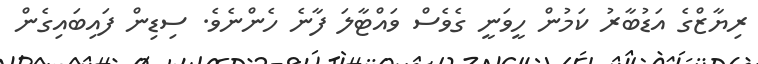
ރިޔާޒްގެ އަޑުބާރު ކަމުން ހީވަނީ ގެވެސް ވައްޓާލަ ފާނެ ހެންނެވެ. ސިޑިން ފައިބައިގެން